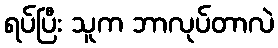
ရပ်ပြီး သူက ဘာလုပ်တာလဲ